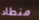
منطاد